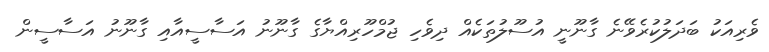
ވެރިއަކު ބަދަލުކުރެވޭނެ ގާނޫނީ އުސޫލުތަކެއް ދިވެހި ޖުމްހޫރިއްޔާގެ ގާނޫނު އަސާސީއާއި ގާނޫނު އަސާސީން